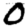
Digit: 0